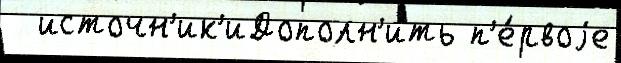
  источн'ик'иДополн'ить п'е́рвоjе